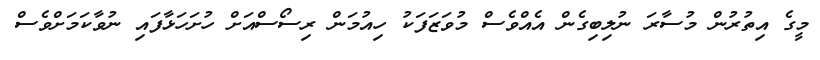
މީގެ އިތުރުން މުސާރަ ނުލިބިގެން އެއްވެސް މުވަޒަފަކު ހިއުމަން ރިސޯސްއަށް ހުށަހަޅާފައި ނުވާކަމަށްވެސް